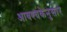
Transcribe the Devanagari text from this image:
आवश्यकेनुसार